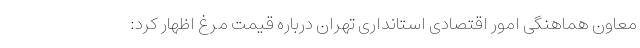
معاون هماهنگی امور اقتصادی استانداری تهران درباره قیمت مرغ اظهار کرد: